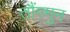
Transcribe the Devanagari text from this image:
तौंगमुन